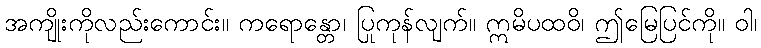
အကျိုးကိုလည်းကောင်း။ ကရောန္တော၊ ပြုကုန်လျက်။ ဣမိပထဝိ၊ ဤမြေပြင်ကို။ ဝါ၊